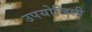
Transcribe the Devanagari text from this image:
उपयोजिली